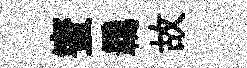
蜜覊故